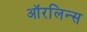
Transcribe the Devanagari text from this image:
ऑरलिन्स